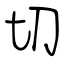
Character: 切